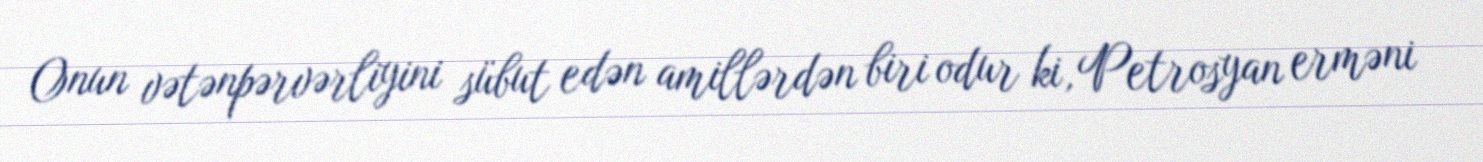
Onun vətənpərvərliyini sübut edən amillərdən biri odur ki, Petrosyan erməni